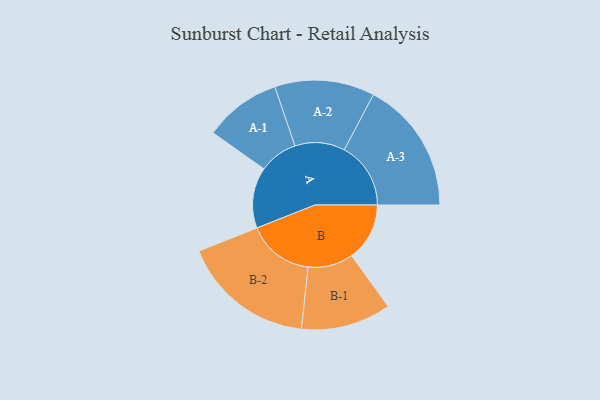
{"axis": {"x": "Segment", "y": "Value"}, "legend": ["", "A", "B"], "data": [{"x": "A", "y": 250, "type": ""}, {"x": "B", "y": 238, "type": ""}, {"x": "A-1", "y": 158, "type": "A"}, {"x": "A-2", "y": 205, "type": "A"}, {"x": "A-3", "y": 273, "type": "A"}, {"x": "B-1", "y": 185, "type": "B"}, {"x": "B-2", "y": 273, "type": "B"}]}